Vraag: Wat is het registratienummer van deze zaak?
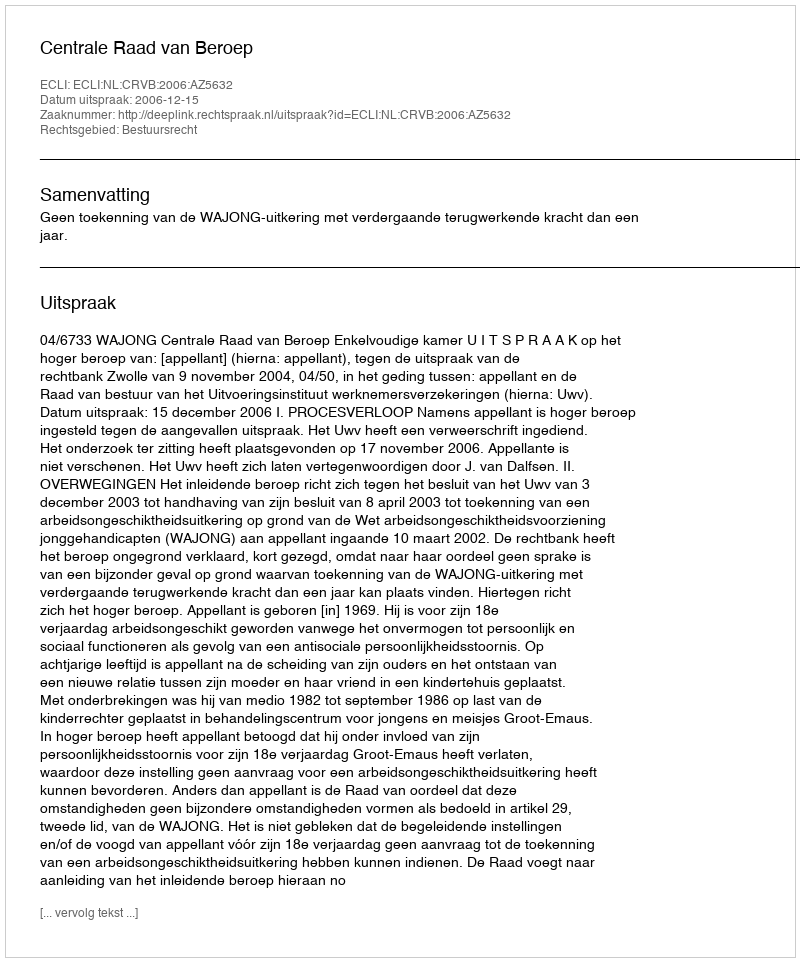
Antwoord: http://deeplink.rechtspraak.nl/uitspraak?id=ECLI:NL:CRVB:2006:AZ5632